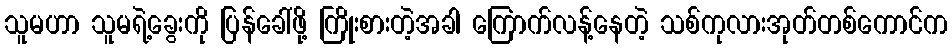
သူမဟာ သူမရဲ့ခွေးကို ပြန်ခေါ်ဖို့ ကြိုးစားတဲ့အခါ ကြောက်လန့်နေတဲ့ သစ်ကုလားအုတ်တစ်ကောင်က